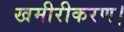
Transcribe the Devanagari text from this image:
खमीरीकरण।